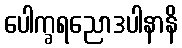
ပေါက္ခရညောဒပါနာနိ